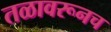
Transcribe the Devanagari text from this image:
तळावरूनच